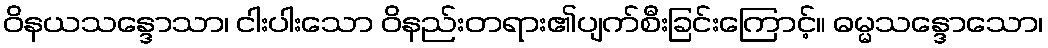
ဝိနယသန္ဒောသာ၊ ငါးပါးသော ဝိနည်းတရား၏ပျက်စီးခြင်းကြောင့်။ ဓမ္မသန္ဒောသော၊